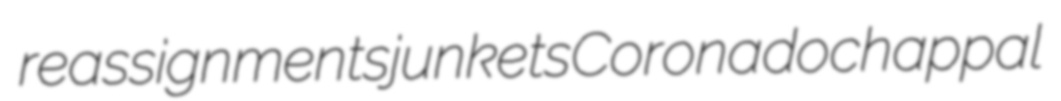
reassignments junkets Coronado chappal